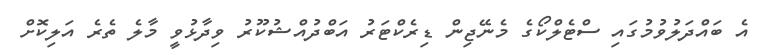
އެ ބައްދަލުވުމުގައި ސްޓެލްކޯގެ މެނޭޖިން ޑިރެކްޓަރު އަބްދުއްޝުކޫރު ވިދާޅުވީ މާލެ ތެރެ އަލިކޮށް